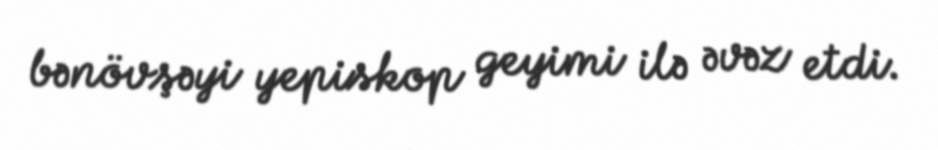
bənövşəyi yepiskop geyimi ilə əvəz etdi.